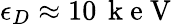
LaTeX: \epsilon_{D}\approx 10\, \mathrm{~k~e~V~}